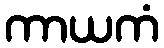
ကာယကံ